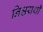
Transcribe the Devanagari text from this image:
निश्चयथी